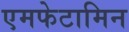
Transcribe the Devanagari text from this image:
एमफेटामिन